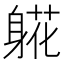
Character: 𬧧